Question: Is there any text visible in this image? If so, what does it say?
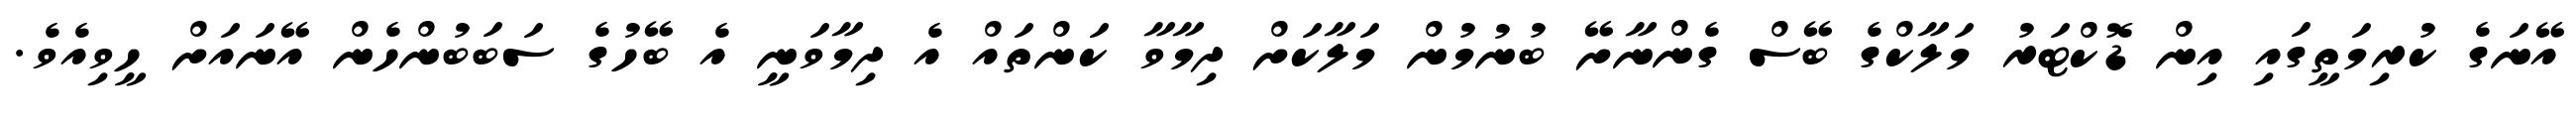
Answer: އޭނަގެ ކުރިމަތީގައި އިން ޑޮކްޓަރު މަލާކްގެ ބޭސް ގެންނާށޭ ބުނުމުން މަލާކަށް ދިމާވާ ކަންތައް އެ ދިމާވަނީ އެ ބޭހުގެ ސަބަބުންހެން އޭނައަށް ހީވިއެވެ.